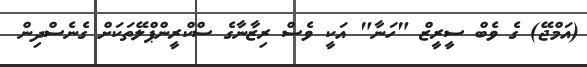
(އަމްޖޭ) ގެ ވެބް ސީރީޒް "ހަނާ" އަކީ ވެސް ރިޒާނާގެ ސްކްރީންޕްލޭތަކަށް ގެނެސްދިން